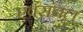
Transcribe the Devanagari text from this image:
एवंसचल